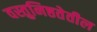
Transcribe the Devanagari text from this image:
वस्तुनिष्ठतेतील